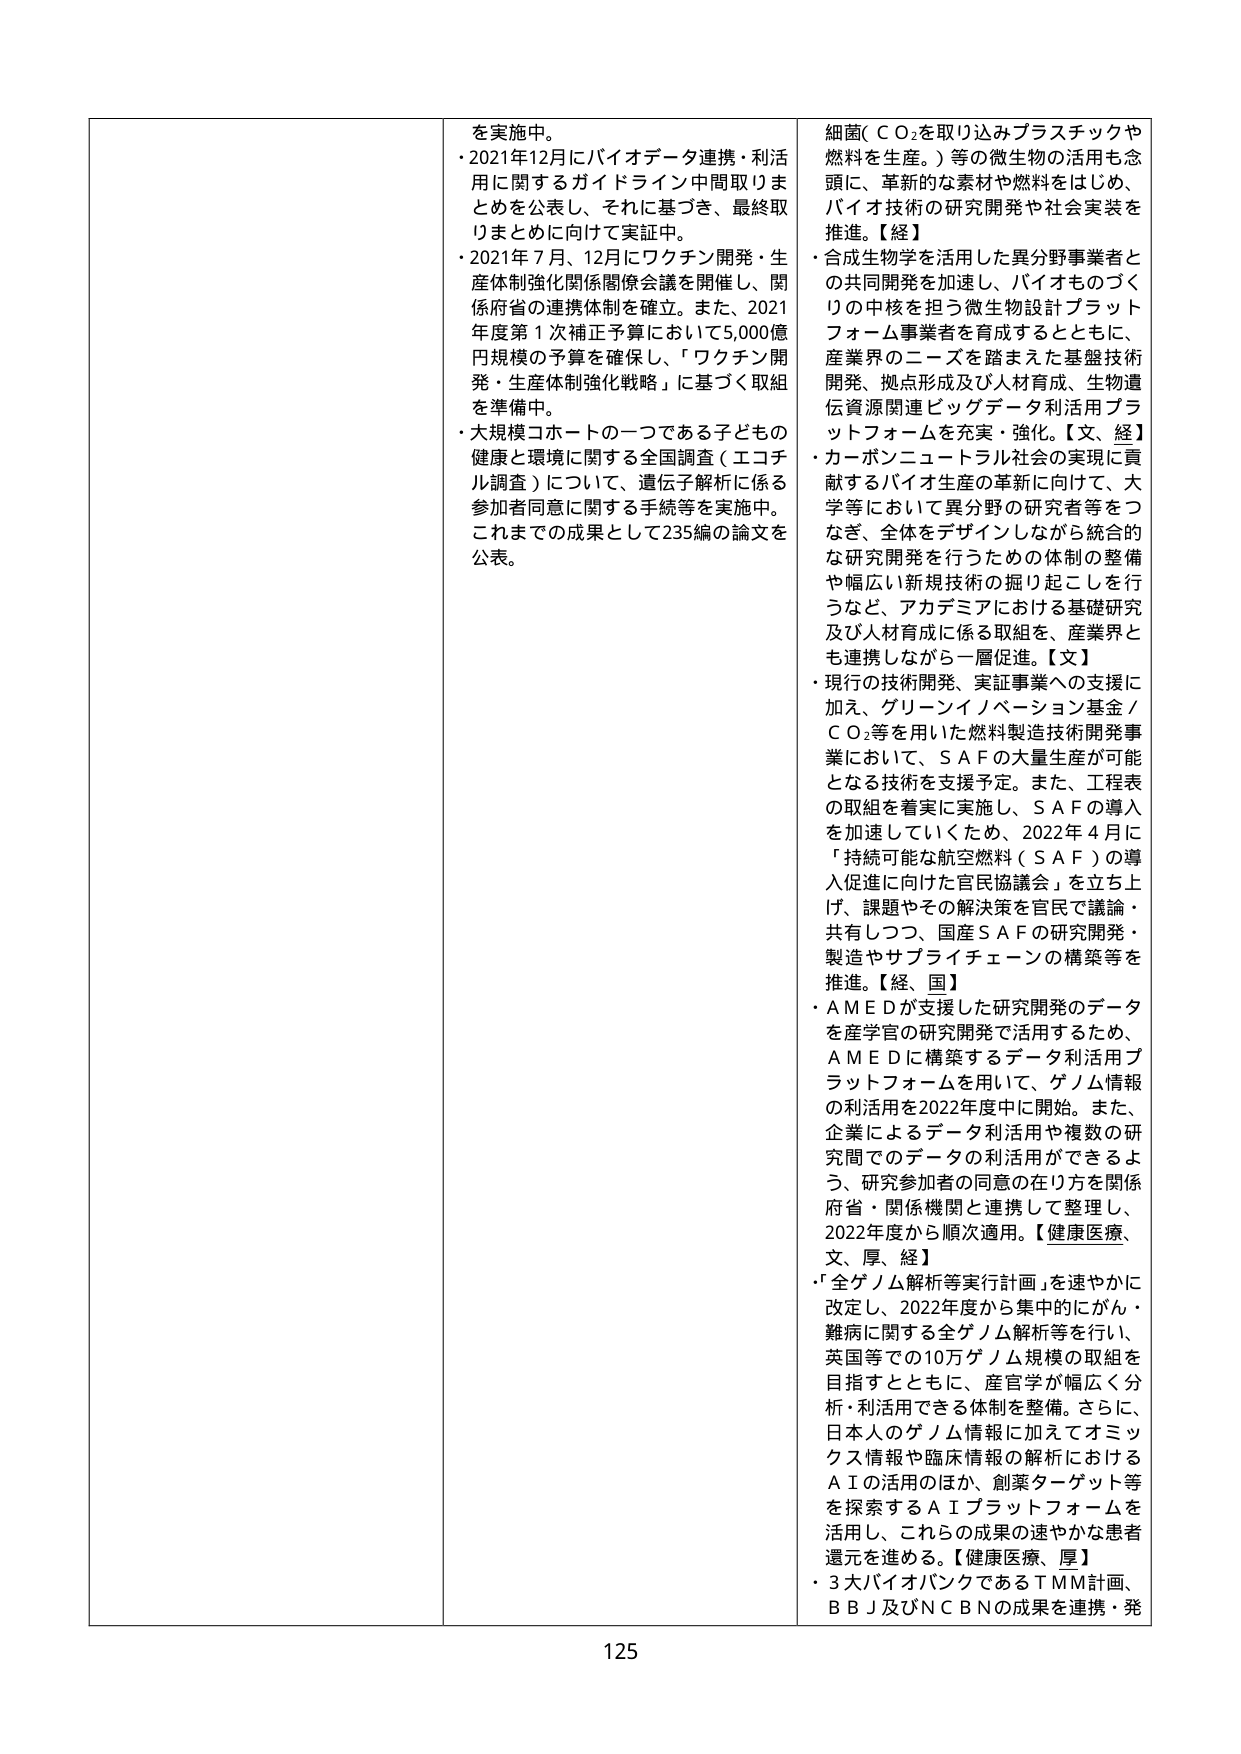
を実施中。
・2021年12月にバイオデータ連携・利活用に関するガイドライン中間取りまとめを公表し、それに基づき、最終取りまとめに向けて実証中。
・2021年7月、12月にワクチン開発・生産体制強化関係閣僚会議を開催し、関係府省の連携体制を確立。また、2021年度第1次補正予算において5,000億円規模の予算を確保し、「ワクチン開発・生産体制強化戦略」に基づく取組を準備中。
・大規模コホートの一つである子どもの健康と環境に関する全国調査（エコチル調査）について、遺伝子解析に係る参加者同意に関する手続等を実施中。これまでの成果として235編の論文を公表。

細菌（ＣＯ₂を取り込みプラスチックや燃料を生産。）等の微生物の活用も念頭に、革新的な素材や燃料をはじめ、バイオ技術の研究開発や社会実装を推進。【経】
・合成生物学を活用した異分野事業者との共同開発を加速し、バイオものづくりの中核を担う微生物設計プラットフォーム事業者を育成するとともに、産業界のニーズを踏まえた基盤技術開発、拠点形成及び人材育成、生物遺伝資源関連ビッグデータ利活用プラットフォームを充実・強化。【文、経】
・カーボンニュートラル社会の実現に貢献するバイオ生産の革新に向けて、大学等において異分野の研究者等をつなぎ、全体をデザインしながら統合的な研究開発を行うための体制の整備や幅広い新規技術の掘り起こしを行うなど、アカデミアにおける基礎研究及び人材育成に係る取組を、産業界とも連携しながら一層促進。【文】
・現行の技術開発、実証事業への支援に加え、グリーンイノベーション基金／ＣＯ₂等を用いた燃料製造技術開発事業において、ＳＡＦの大量生産が可能となる技術を支援予定。また、工程表の取組を着実に実施し、ＳＡＦの導入を加速していくため、2022年4月に「持続可能な航空燃料（ＳＡＦ）の導入促進に向けた官民協議会」を立ち上げ、課題やその解決策を官民で議論・共有しつつ、国産ＳＡＦの研究開発・製造やサプライチェーンの構築等を推進。【経、国】
・ＡＭＥＤが支援した研究開発のデータを産学官の研究開発で活用するため、ＡＭＥＤに構築するデータ利活用プラットフォームを用いて、ゲノム情報の利活用を2022年度中に開始。また、企業によるデータ利活用や複数の研究間でのデータの利活用ができるよう、研究参加者の同意の在り方を関係府省・関係機関と連携して整理し、2022年度から順次適用。【健康医療、文、厚、経】
・「全ゲノム解析等実行計画」を速やかに改定し、2022年度から集中的にがん・難病に関する全ゲノム解析等を行い、英国等での10万ゲノム規模の取組を目指すとともに、産官学が幅広く分析・利活用できる体制を整備。さらに、日本人のゲノム情報に加えてオミックス情報や臨床情報の解析におけるＡＩの活用のほか、創薬ターゲット等を探索するＡＩプラットフォームを活用し、これらの成果の速やかな患者還元を進める。【健康医療、厚】
・3大バイオバンクであるＴＭＭ計画、ＢＢＪ及びＮＣＢＮの成果を連携・発

125